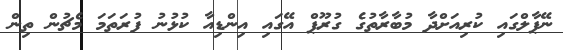
ނޭޕާލްގައި ކުރިއަށްދާ މުބާރާތުގެ ގުރޫޕް އޭގައި އިންޑިއާ ކުޅުނު ފުރަތަމަ މެޗުން ތިން